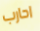
احارب